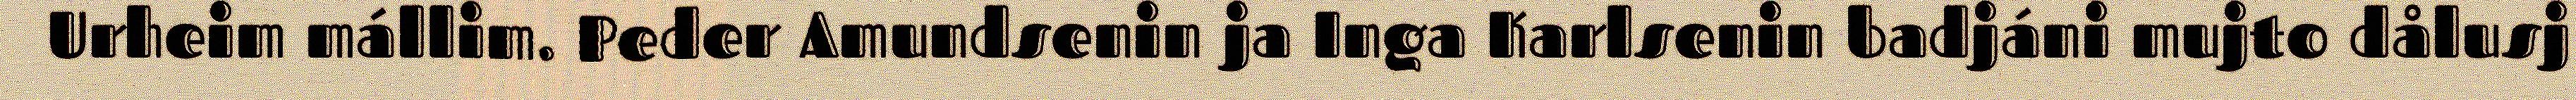
Urheim mállim. Peder Amundsenin ja Inga Karlsenin badjáni mujto dålusj